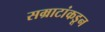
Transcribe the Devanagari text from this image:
सम्राटांकडून